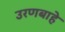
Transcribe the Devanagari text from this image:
उरणबाहे